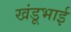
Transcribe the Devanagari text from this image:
खंडूभाई